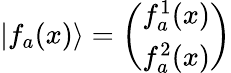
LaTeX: \vert f_{a}(x)\rangle=\left(\begin{array}{c}{{f_{a}^{1}(x)}}\\ {{f_{a}^{2}(x)}}\end{array}\right)